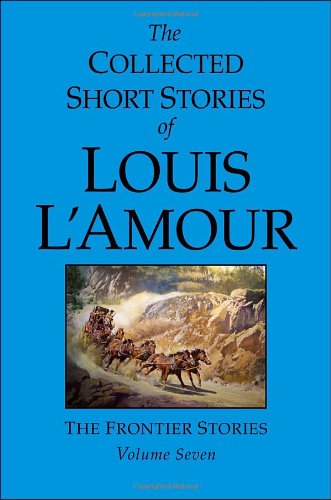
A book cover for The Collected Short Stories of Louis L'Amour, Volume 7: The Frontier Stories; Louis L'Amour; Literature & Fiction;